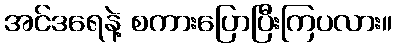
အင်ဒရေနဲ့ စကားပြောပြီးကြပလား။